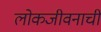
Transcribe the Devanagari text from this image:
लोकजीवनाची